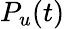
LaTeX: P_{u}(t)